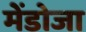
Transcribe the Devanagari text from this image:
मेंडोजा